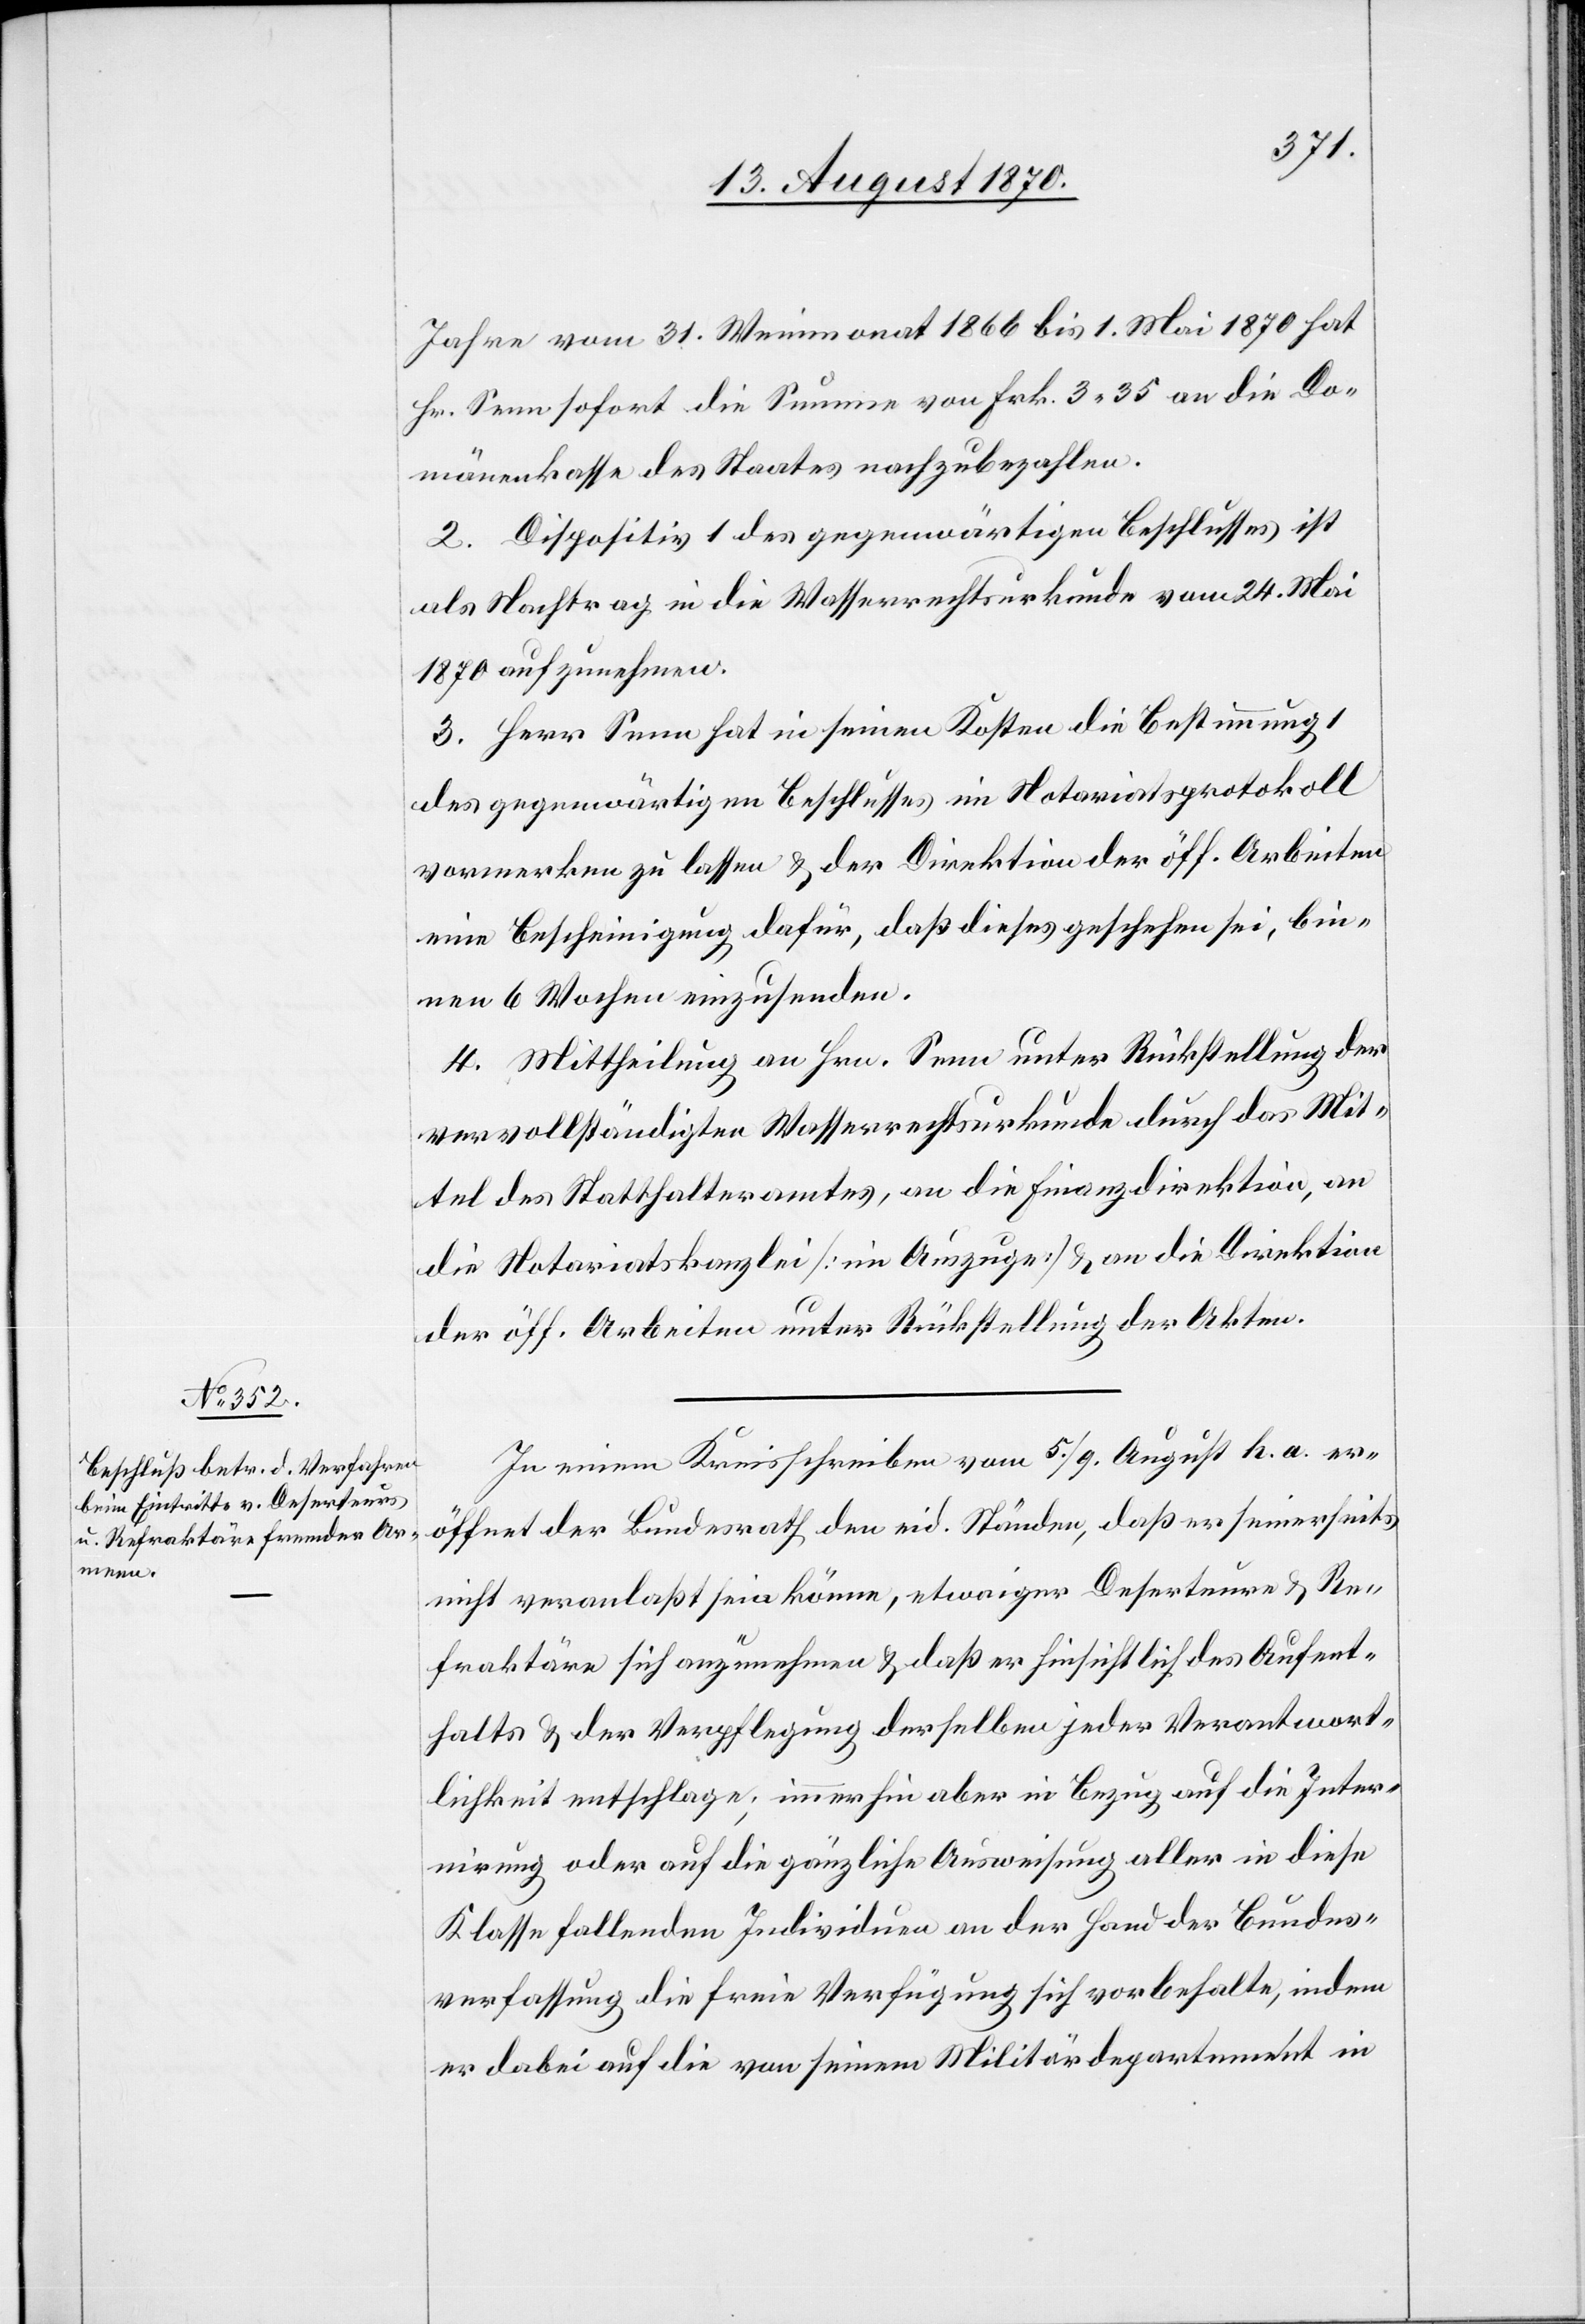
Jahre vom 31. Weinmonat 1866 bis 1. Mai 1870 hat
Hr. Senn sofort die Summe von Fr. 3.35 an die Do¬
mänenkasse des Staates nachzubezahlen.
2. Dispositiv 1 des gegenwärtigen Beschlusses ist
als Nachtrag in die Wasserrechtsurkunde vom 24. Mai
1870 aufzunehmen.
3. Herr Senn hat in seinen Kosten die Bestimmung 1
des gegenwärtigen Beschlusses im Notariatsprotokoll
vormerken zu lassen & der Direktion der öff. Arbeiten
eine Bescheinigung dafür, daß dieses geschehen sei, bin¬
nen 6 Wochen einzusenden.
4. Mittheilung an Hrn. Senn unter Rückstellung der
vervollständigten Wasserrechtsurkunde durch das Mit¬
tel des Statthalteramtes, an die Finanzdirektion, an
die Notariatskanzlei [im Auszuge] & an die Direktion
der öff. Arbeiten unter Rückstellung der Akten.
In einem Kreisschreiben vom 5./9. August h. a. er¬
öffnet der Bundesrath den eid. Ständen, daß er seinerseits
noch veranlaßt sein könne, etwaige Deserteure & Re¬
fraktäre sich anzunehmen & daß er hinsichtlich des Aufent¬
halts & der Verpflegung derselben jeder Verantwort¬
lichkeit entschlage; immerhin aber in Bezug auf die Inter¬
nirung oder auf die gänzliche Ausweisung aller in diese
Klasse fallenden Individuen an der Hand der Bundes¬
verfassung die freie Verfügung sich vorbehalte, indem
er dabei auf die von seinem Militärdepartement in